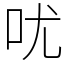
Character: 㕱